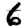
Digit: 6